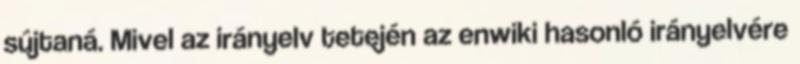
sújtaná. Mivel az irányelv tetején az enwiki hasonló irányelvére